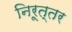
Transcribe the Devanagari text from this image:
निरूत्तर